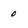
Character: 0